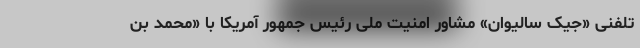
تلفنی «جیک سالیوان» مشاور امنیت ملی رئیس جمهور آمریکا با «محمد بن